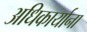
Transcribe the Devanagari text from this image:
अधिकार्याना